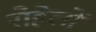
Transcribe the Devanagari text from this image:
रोहेलों